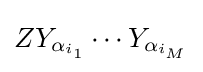
ZY_{\alpha _{i_{1}}}\cdots Y_{\alpha _{i_{M}}}